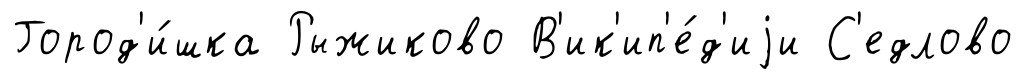
Город'и́шка Рыжиково В'ик'ип'е́д'иjи С'едлово